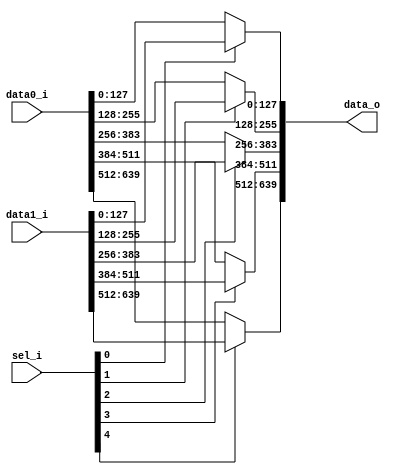
// This program was cloned from: https://github.com/NYU-MLDA/OpenABC
// License: BSD 3-Clause "New" or "Revised" License

module bsg_mux_segmented_segments_p5_segment_width_p128
(
  data0_i,
  data1_i,
  sel_i,
  data_o
);

  input [639:0] data0_i;
  input [639:0] data1_i;
  input [4:0] sel_i;
  output [639:0] data_o;
  wire [639:0] data_o;
  wire N0,N1,N2,N3,N4,N5,N6,N7,N8,N9;
  assign data_o[127:0] = (N0)? data1_i[127:0] : 
                         (N5)? data0_i[127:0] : 1'b0;
  assign N0 = sel_i[0];
  assign data_o[255:128] = (N1)? data1_i[255:128] : 
                           (N6)? data0_i[255:128] : 1'b0;
  assign N1 = sel_i[1];
  assign data_o[383:256] = (N2)? data1_i[383:256] : 
                           (N7)? data0_i[383:256] : 1'b0;
  assign N2 = sel_i[2];
  assign data_o[511:384] = (N3)? data1_i[511:384] : 
                           (N8)? data0_i[511:384] : 1'b0;
  assign N3 = sel_i[3];
  assign data_o[639:512] = (N4)? data1_i[639:512] : 
                           (N9)? data0_i[639:512] : 1'b0;
  assign N4 = sel_i[4];
  assign N5 = ~sel_i[0];
  assign N6 = ~sel_i[1];
  assign N7 = ~sel_i[2];
  assign N8 = ~sel_i[3];
  assign N9 = ~sel_i[4];

endmodule